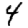
Digit: 4